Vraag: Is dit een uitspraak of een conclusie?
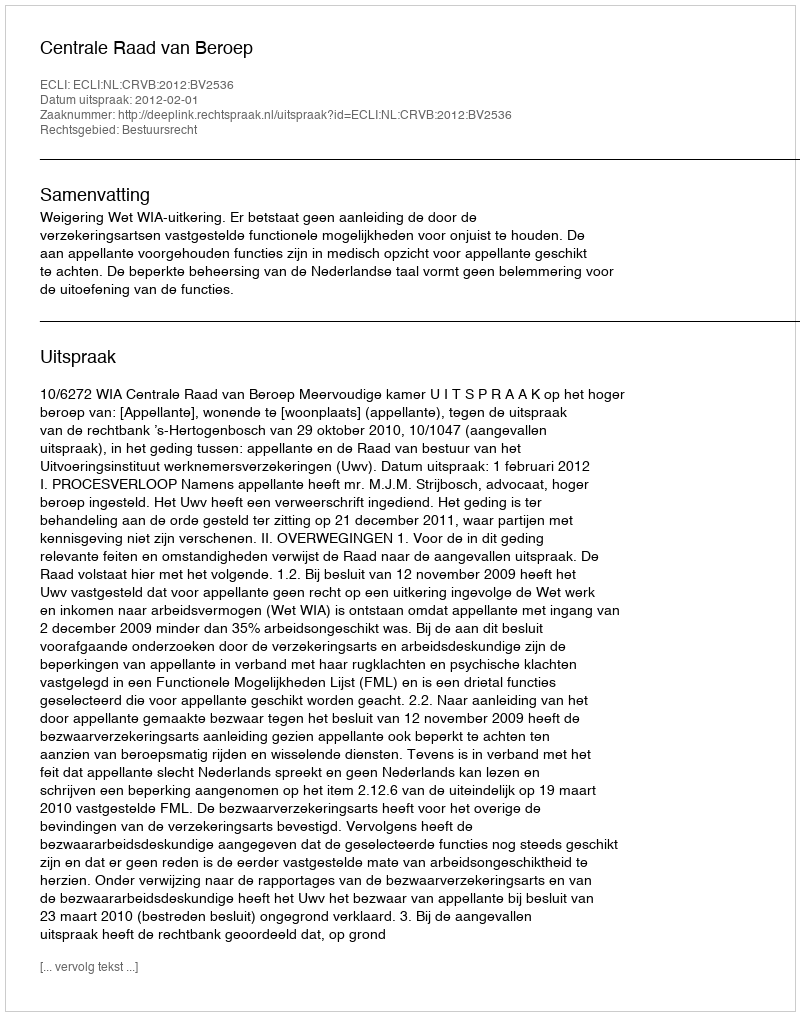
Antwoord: Uitspraak